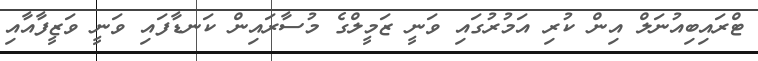
ޓްރައިބިއުނަލް އިން ކުރި އަމުރުގައި ވަނީ ޒަމީލްގެ މުސާރައިން ކަނޑާފައި ވަނީ ވަޒީފާއާއި